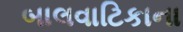
બાલવાટિકાના